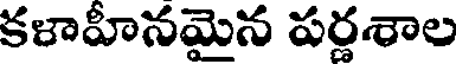
కళాహీనమైన పర్ణశాల